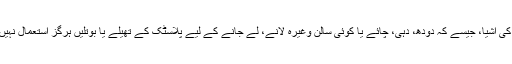
کھانے، پینے کی اشیا، جیسے کہ دودھ، دہی، چائے یا کوئی سالن وغیرہ لانے، لے جانے کے لیے پلاسٹک کے تھیلے یا بوتلیں ہرگز استعمال نہیں کرنی چاہئیں۔